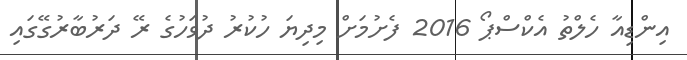
އިންޑިއާ ހެލްތު އެކްސްޕޯ 2016 ފެށުމަށް މިދިޔަ ހުކުރު ދުވަހުގެ ރޭ ދަރުބާރުގޭގައި